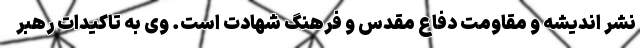
نشر اندیشه و مقاومت دفاع مقدس و فرهنگ شهادت است. وی به تاکیدات رهبر